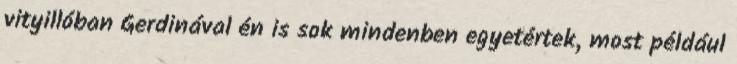
vityillóban Gerdinával én is sok mindenben egyetértek, most például